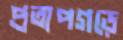
প্রতাপগড়ে